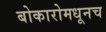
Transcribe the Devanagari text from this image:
बोकारोमधूनच